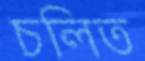
চলিত